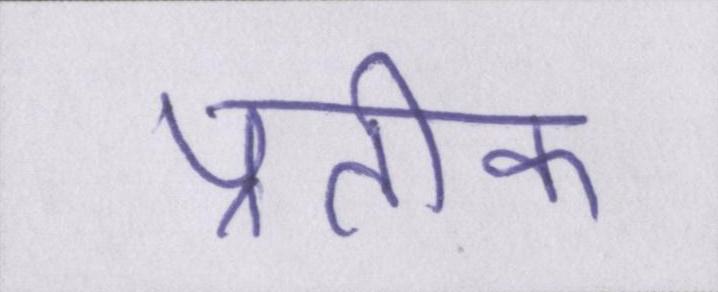
प्रतीक